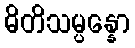
ဓိတိသမ္ပန္နော